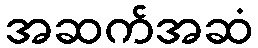
အဆက်အဆံ